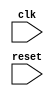
module timing_control_and_sync (
  input wire clk,
  input wire reset,
  // Other input and output signals
  
 );

 // Timing control and synchronization logic here

endmodule